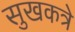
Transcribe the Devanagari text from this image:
सुखकत्रे